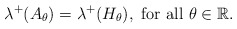
\begin{align*}\lambda\sp+(A_\theta)=\lambda\sp+(H_\theta), \mbox{ for all }\theta \in\mathbb{R}.\end{align*}